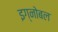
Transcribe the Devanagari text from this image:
इग्नोबल